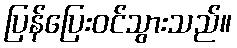
ပြန်ပြေးဝင်သွားသည်။